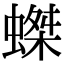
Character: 𧎩